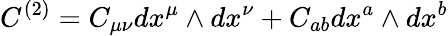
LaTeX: C^{(2)}=C_{\mu\nu}dx^{\mu}\wedge dx^{\nu}+C_{ab}dx^{a}\wedge dx^{b}